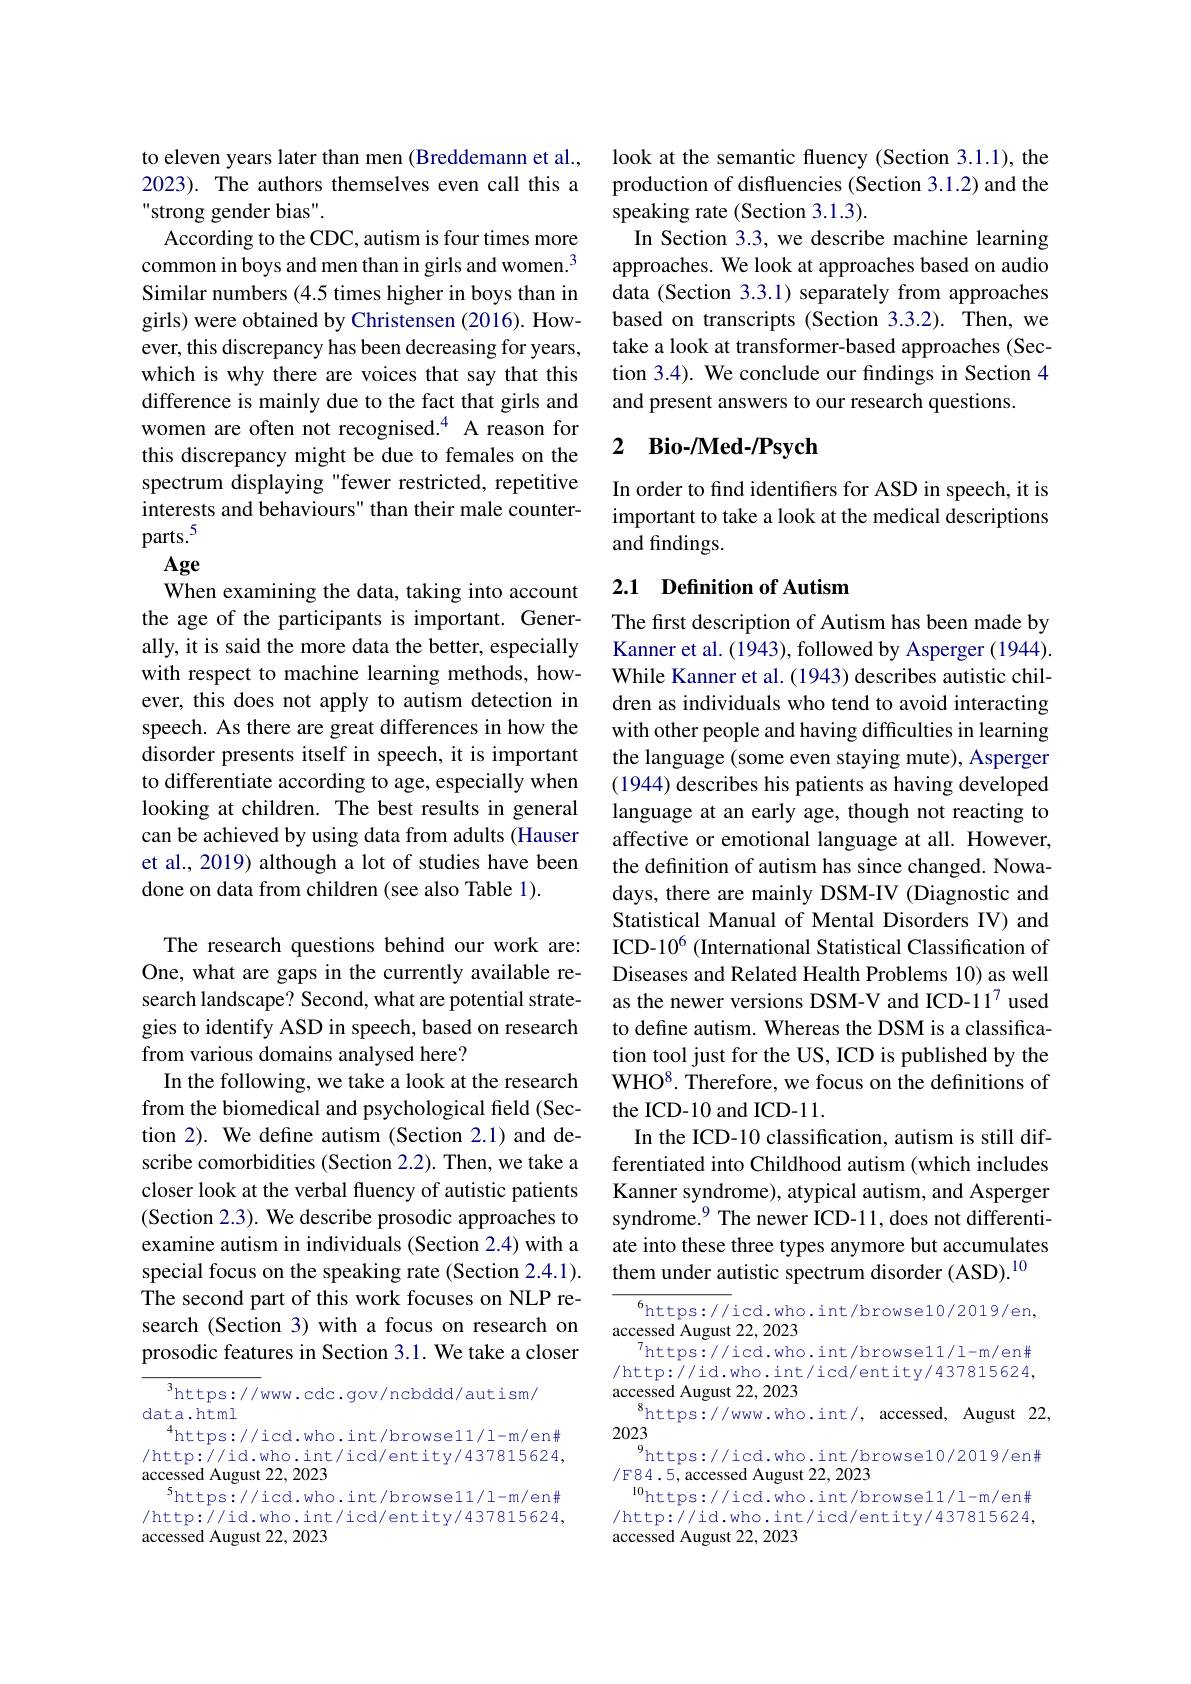
to eleven years later than men (Breddemann et al., 2023). The authors themselves even call this a strong gender bias".
According to the CDC, autism is four times more common in boys and men than in girls and women.$^{3}$ Similar numbers (4.5 times higher in boys than in girls) were obtained by Christensen (2016). However, this discrepancy has been decreasing for years, which is why there are voices that say that this difference is mainly due to the fact that girls and women are often not recognised.$^{4}$ A reason for this discrepancy might be due to females on the spectrum displaying "fewer restricted, repetitive interests and behaviours" than their male counterparts.$^{5}$ Age When examining the data, taking into account the age of the participants is important. Generally, it is said the more data the better, especially with respect to machine learning methods, however, this does not apply to autism detection in speech. As there are great differences in how the disorder presents itself in speech, it is important to differentiate according to age, especially when looking at children. The best results in general can be achieved by using data from adults (Hauser et al., 2019) although a lot of studies have been done on data from children (see also Table 1).
The research questions behind our work are: One, what are gaps in the currently available research landscape? Second, what are potential strategies to identify ASD in speech, based on research

from various domains analysed here?
In the following, we take a look at the research from the biomedical and psychological field (Section 2). We define autism (Section 2.1) and describe comorbidities (Section 2.2). Then, we take a closer look at the verbal fluency of autistic patients (Section 2.3). We describe prosodic approaches to examine autism in individuals (Section 2.4) with a special focus on the speaking rate (Section 2.4.1). The second part of this work focuses on NLP research (Section 3) with a focus on research on prosodic features in Section 3.1. We take a closer

$^3$https://www.cdc.gov/ncbddd/autism/
data.html
$^{4}$https://icd.who.int/browsel1/l-m/en# /http://id.who.int/icd/entity/437815624, accessed August 22, 2023
$^{5}$https://icd.who.int/browse11/l-m/en# /http://id.who.int/icd/entity/437815624, accessed August 22, 2023

look at the semantic fluency (Section 3.1.1), the production of disfluencies (Section 3.1.2) and the speaking rate (Section 3.1.3).
In Section 3.3, we describe machine learning approaches. We look at approaches based on audio data (Section 3.3.1) separately from approaches based on transcripts (Section 3.3.2). Then, we take a look at transformer-based approaches (Section 3.4). We conclude our findings in Section 4 and present answers to our research questions.

## 2 Bio-/Med-/Psych

In order to find identifiers for ASD in speech, it is important to take a look at the medical descriptions and findings.

## 2.1 Definition of Autism

The first description of Autism has been made by Kanner et al. (1943), followed by Asperger (1944). While Kanner et al. (1943) describes autistic children as individuals who tend to avoid interacting with other people and having difficulties in learning the language (some even staying mute), Asperger (1944) describes his patients as having developed language at an early age, though not reacting to affective or emotional language at all. However, the definition of autism has since changed. Nowadays, there are mainly DSM-IV (Diagnostic and Statistical Manual of Mental Disorders IV) and ICD-10$^{6}$ (International Statistical Classification of Diseases and Related Health Problems 10) as well as the newer versions DSM-V and ICD-11$^{7}$ used to define autism. Whereas the DSM is a classification tool just for the US, ICD is published by the WHO$^8.$ Therefore, we focus on the definitions of the ICD-10 and ICD-11.
In the ICD-10 classification, autism is still differentiated into Childhood autism (which includes Kanner syndrome), atypical autism, and Asperger syndrome.$^{9}$ The newer ICD-11, does not differentiate into these three types anymore but accumulates them under autistic spectrum disorder (ASD).$^{10}$

$^{6}$https://icd.who.int/browse10/2019/en,
accessed August 22, 2023
$^{7}$https://icd.who.int/browse11/l-m/en# /http://id.who.int/icd/entity/437815624, accessed August 22, 2023
$^{8}$https://www.who.int/,accessed,August22,
2023
https://icd.who.int/browse10/2019/en#
/F84.5, accessed August 22, 2023
$^{10}$https://icd.who.int/browse11/l-m/en# /http://id.who.int/icd/entity/437815624, accessed August 22, 2023